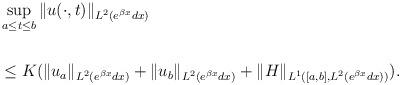
LaTeX: \begin{align*}\begin{aligned}&\sup_{a\leq t\leq b}\|u(\cdot,t)\|_{L^2(e^{\beta x}dx)}\\\\&\leq K (\|u_a\|_{L^2(e^{\beta x}dx)} + \|u_b\|_{L^2(e^{\beta x}dx)}+\|H\|_{L^1([a,b],L^2(e^{\beta x}dx))}).\end{aligned}\end{align*}